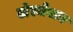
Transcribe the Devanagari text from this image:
टोरजेसन